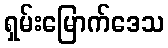
ရှမ်းမြောက်ဒေသ